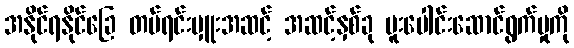
အနိုင်ရနိုင်ခြေ တပ်ရင်းမှူးအဆင့် အဆင့်နှစ်ခု ပူးပေါင်းဆောင်ရွက်မှုကို